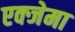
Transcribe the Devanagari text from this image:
एक्जेमा